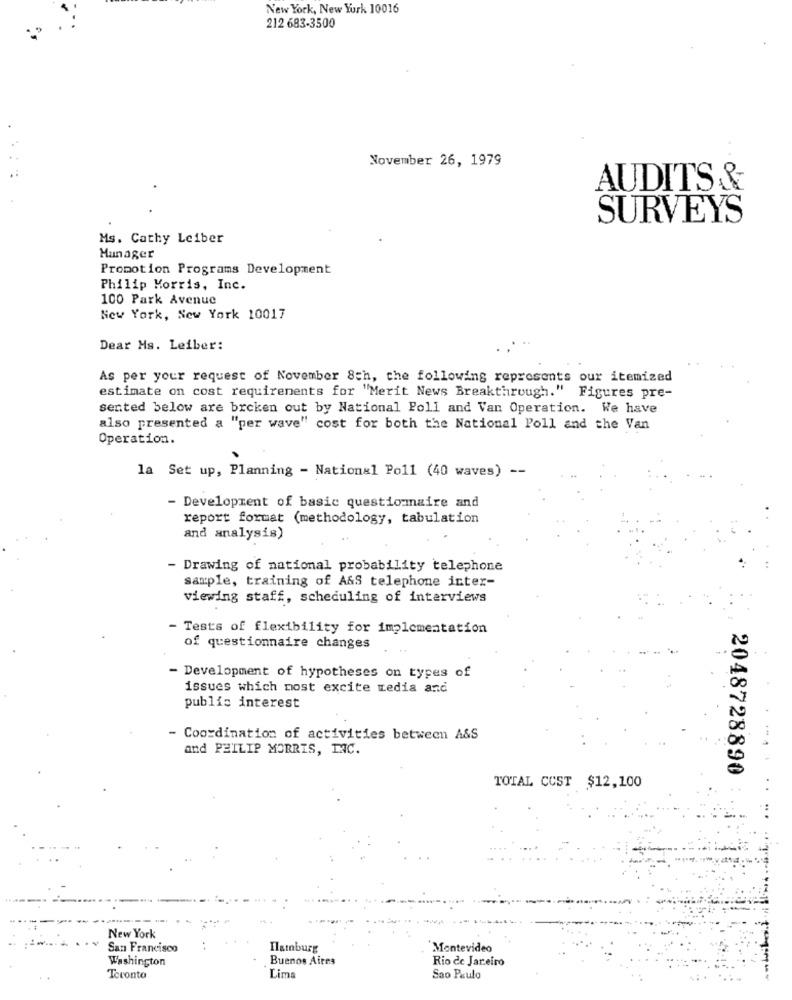
New York, New York 10016
212 683-3500
November 26, 1979
AUDITS &
SURVEYS
Ms. Cathy Leiber
Manager
Promotion Programs Development
Philip Morris, Inc.
100 Park Avenue
New York, New York 10017
Dear Ms. Leiber:
As per your request of November 8th, the following represents our itemized
estimate on cost requirements for "Merit News Breakthrough." Figures pre-
sented below are broken out by National Poll and Van Operation. We have
also presented a "per wave" cost for both the National Poll and the Van
Operation.
la Set up, Planning - National Poll (40 waves) --
- Development of basic questionmaire and
report format (methodology, tabulation
and analysis)
- Drawing of national probability telephone
sample, training of A&S telephone inter-
viewing staff, scheduling of interviews
- Tests of flexibility for implementation
of questionnaire changes
- Development of hypotheses on types of
issues which most excite media and
public interest
- Coordination of activities between A&S
and PHILIP MORRIS, INC.
2048728890
TOTAL COST $12,100
New York
San Francisco
Ilatnburg
Montevideo
Washington
Buenos Aires
Rio de Janeiro
Toronto
Lima
Sao Paulo